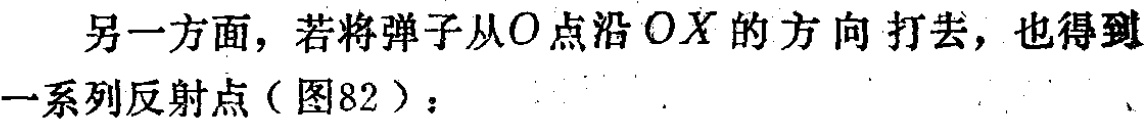
另一方面，若将弹子从\(O\)点沿 \(OX\) 的方向打去，也得到一系列反射点（图82）：